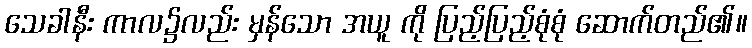
သေခါနီး ကာလ၌လည်း မှန်သော အယူ ကို ပြည့်ပြည့်စုံစုံ ဆောက်တည်၏။